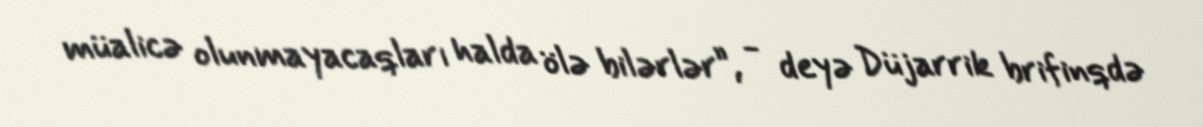
müalicə olunmayacaqları halda ölə bilərlər”, - deyə Düjarrik brifinqdə